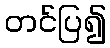
တင်ပြ၍